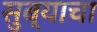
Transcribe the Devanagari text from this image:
सुब्याचा